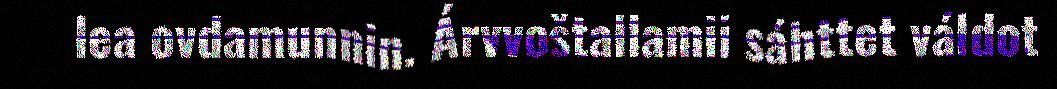
lea ovdamunnin. Árvvoštallamii sáhttet váldot